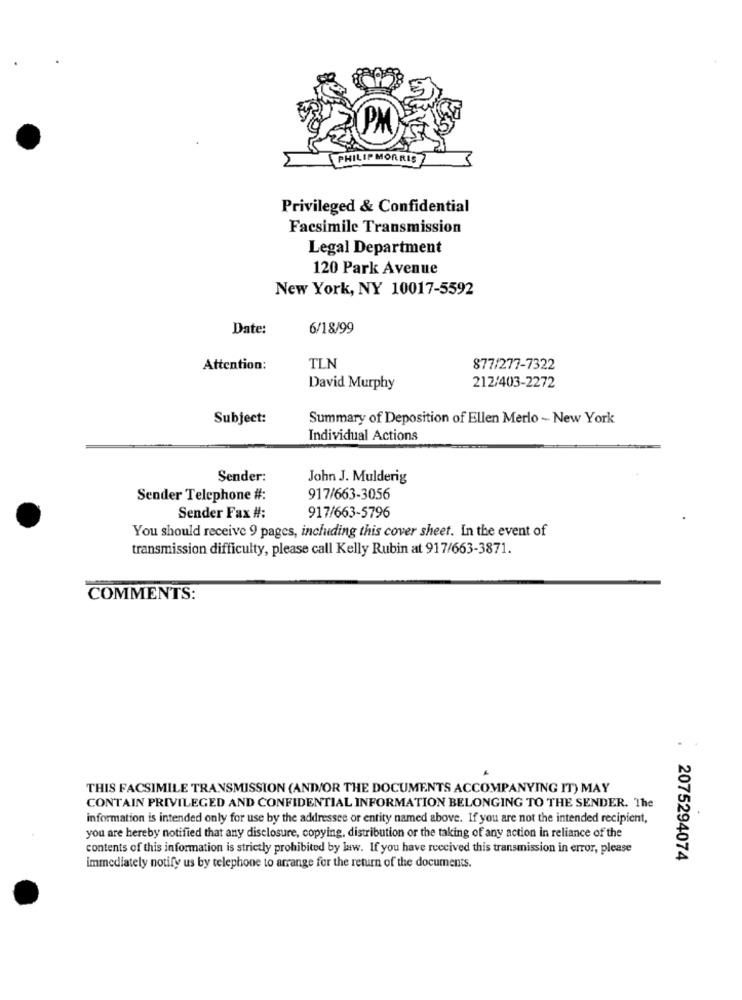
PHILIP MORRIS
Privileged & Confidential
Facsimile Transmission
Legal Department
120 Park Avenue
New York, NY 10017-5592
Date:
6/18/99
Attention:
TLN
877/277-7322
David Murphy
212/403-2272
Subject:
Summary of Deposition of Ellen Merlo - New York
Individual Actions
Sender:
John J. Mulderig
Sender Telephone #:
917/663-3056
Sender Fax #:
917/663-5796
You should receive 9 pages, including this cover sheet. In the event of
transmission difficulty, please call Kelly Rubin at 917/663-3871.
COMMENTS:
THIS FACSIMILE TRANSMISSION (AND/OR THE DOCUMENTS ACCOMPANYING IT) MAY
CONTAIN PRIVILEGED AND CONFIDENTIAL INFORMATION BELONGING TO THE SENDER. The
information is intended only for use by the addressee or entity named above. If you are not the intended recipient,
you are hereby notified that any disclosure, copying, distribution or the taking of any action in reliance of the
contents of this information is strictly prohibited by law. If you have received this transmission in error, please
2075294074
immediately notify us by telephone to arrange for the return of the documents.